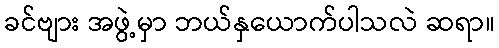
ခင်ဗျား အဖွဲ့မှာ ဘယ်နှယောက်ပါသလဲ ဆရာ။